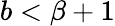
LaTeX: b<\beta+1